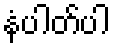
နံပါတ်ပါ